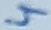
Text: 4